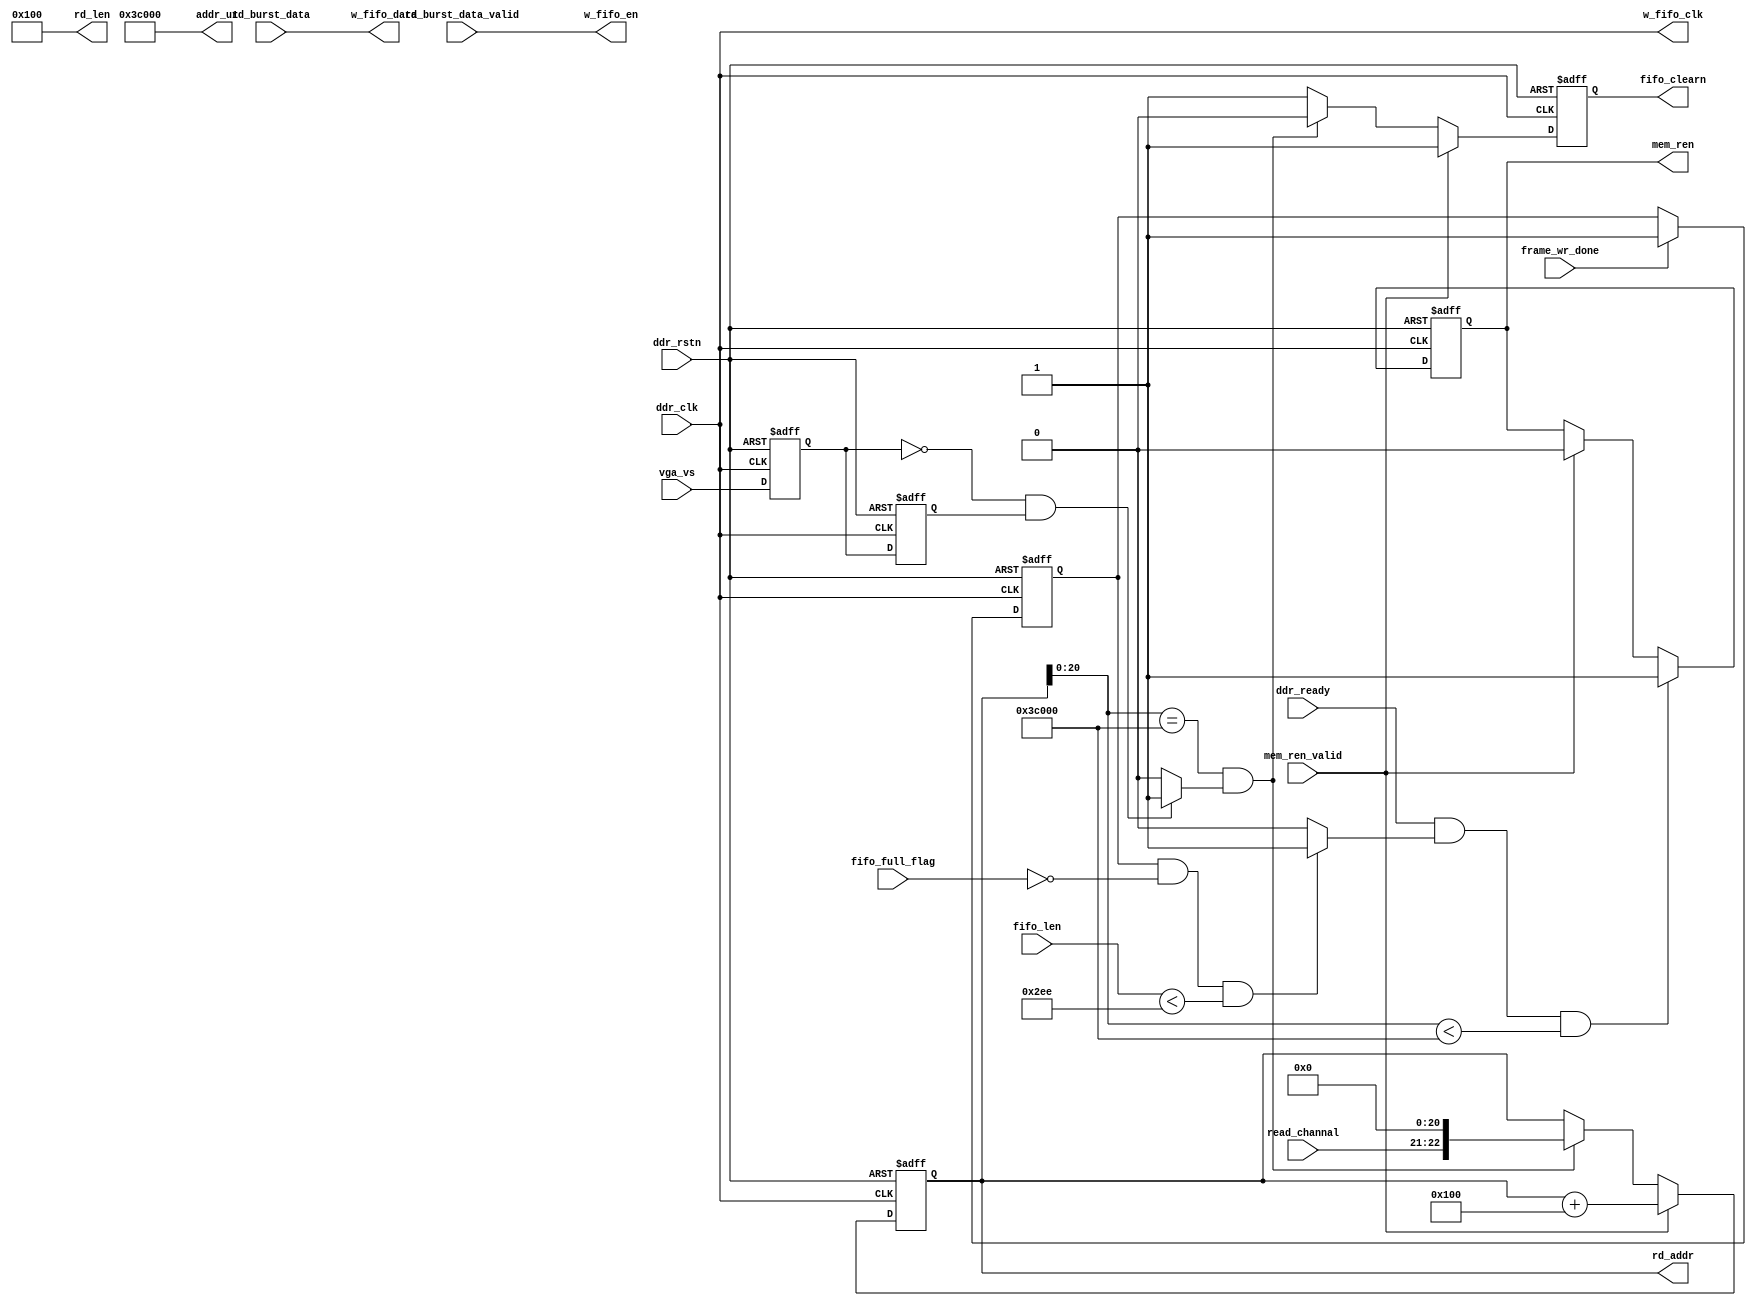
module ddr_wdisplayfifo 
#(
    parameter MAXADDR  = 25'd245_760                  //1280*768      64*48/4=768
)  
(    
    //ddr_wr_ctrl                                        
    input wire              ddr_clk                         ,
    input wire              ddr_rstn                        ,
    input wire              rd_burst_data_valid             ,
    input wire  [31 : 0]    rd_burst_data                   ,
    //w_fifo                                                
    output wire             w_fifo_clk                      ,
    output wire             w_fifo_en                       ,
    output wire [31 :0 ]    w_fifo_data                     ,
    //ddr_wr_ctrl
    output reg              mem_ren                         ,
    input  wire             mem_ren_valid                   ,
    output reg  [22 : 0]    rd_addr                         ,
    output wire [9 : 0 ]    rd_len                          ,
    input  wire [1 :0 ]     read_channal                    ,     //
    //
    input  wire             ddr_ready                       ,
    //fifo_32w8r                                            
    input wire  [9: 0]      fifo_len                        ,
    input wire              fifo_full_flag                  ,  
    output reg              fifo_clearn                     ,

//    input wire              camera_vsync                    , //for debug
    input wire              vga_vs                          ,
    input wire              frame_wr_done                   ,
    //debug                                                 
    output wire [20: 0]     addr_u1                         
); 

parameter          slave0_rd_bank   =    2'b00;
parameter          slave1_rd_bank   =    2'b01;
parameter          slave2_rd_bank   =    2'b10;
parameter          slave3_rd_bank   =    2'b11;

wire [1:0] sellect_rd_bank;

assign rd_len = 10'd256;
//---------------------------------------------//
parameter rd_byte_number = 750;
parameter wr_byte_number = 256; 
parameter initial_addr = 21'd0;
wire [22:0]             rd_addr_sample        ;

wire                    ready_rd_flag         ; 
reg                     First_image_done      ;
reg  [1:0]              state                 ;
reg                     frame_wr_done_reg     ;
//reg                     bank_image_done_d0    ;
//reg                     bank_image_done_d1    ;
//wire                    bank_image_done_pos   ;  
wire                    vga_vs_neg             ;
//-----------------------------------------------
//   frame_rd_done
//-----------------------------------------------
always @(posedge ddr_clk or negedge ddr_rstn) begin
    if (ddr_rstn ==1'b0) begin
        rd_addr <= 23'd0;
        fifo_clearn <= 1'b1;
    end 
    else if (mem_ren_valid) begin
        rd_addr <= rd_addr + 23'd256;
        fifo_clearn <= 1'b1;
    end 
    else if (rd_addr[20:0]==MAXADDR&&vga_vs_neg) begin 
        rd_addr <= rd_addr_sample;
        fifo_clearn <= 1'b0;
    end
    else begin
        rd_addr <= rd_addr;
        fifo_clearn <= 1'b1;
    end
end 
//-----------------------------------------------
//  bank_switch --- mem_ren/mem_wen
//-----------------------------------------------
always @(posedge ddr_clk or negedge ddr_rstn) begin
    if (ddr_rstn ==1'b0) begin
        mem_ren <= 1'b0;
    end 
    else if((ddr_ready&&ready_rd_flag)&&(rd_addr[20:0]<addr_u1))begin
        mem_ren <= 1'b1;
    end 
    else if(mem_ren_valid)begin
        mem_ren <= 1'b0;
    end 
    else begin
        mem_ren <= mem_ren;
    end
end  

always @(posedge ddr_clk or negedge ddr_rstn) begin
    if (ddr_rstn ==1'b0) begin
        frame_wr_done_reg <= 1'b0;
    end 
    else if(frame_wr_done)begin
        frame_wr_done_reg <= 1'b1;
    end 
    else begin
        frame_wr_done_reg <= frame_wr_done_reg;
    end
end 
//-----------------------------------------------
//  bank_image_done_pos  for debug
//-----------------------------------------------
//always @(posedge ddr_clk or negedge ddr_rstn) begin
//    if (ddr_rstn ==1'b0) begin
//        bank_image_done_d0<=1'b1;
//        bank_image_done_d1<=1'b1;
//    end 
//    else begin
//        bank_image_done_d0<=camera_vsync;
//        bank_image_done_d1<=bank_image_done_d0;
//    end 
//end  
//-----------------------------------------------
//  vga_vs neg          for debug
//-----------------------------------------------
reg vga_vs_d0,vga_vs_d1;
always @(posedge ddr_clk or negedge ddr_rstn) begin
    if (ddr_rstn ==1'b0) begin
        vga_vs_d0<=1'b0;
        vga_vs_d1<=1'b0;
    end 
    else begin
        vga_vs_d0<=vga_vs;
        vga_vs_d1<=vga_vs_d0;
    end 
end

assign vga_vs_neg = (!vga_vs_d0&vga_vs_d1) ? 1'b1:1'b0;         //for debug
//assign bank_image_done_pos = bank_image_done_d0&~bank_image_done_d1; //for debug
assign ready_rd_flag = (frame_wr_done_reg&&(!fifo_full_flag)&&(fifo_len<rd_byte_number))?1'b1:1'b0;
//assign ready_rd_flag = (First_image_done&&(!fifo_full_flag)&&(fifo_len<rd_byte_number))?1'b1:1'b0;
//---------------------------------------------//  
assign w_fifo_clk   = ddr_clk            ;
assign w_fifo_en    = rd_burst_data_valid;
assign w_fifo_data  = rd_burst_data      ;
//---------------------------------------------//  
//assign First_image_done_n = ~First_image_done;
assign addr_u1 = rd_addr_sample[20:0] + MAXADDR ;          //BANK
assign rd_addr_sample = {read_channal,initial_addr};             //initial read_address

//debug 
//assign error_rd_empty  = (rd_addr[22:0]==addr_u1) ? 1'b1:1'b0;

endmodule